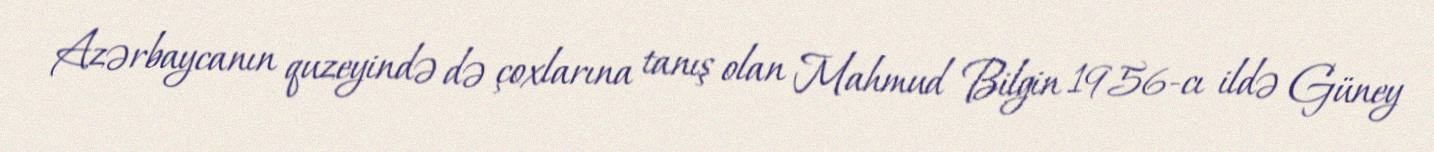
Azərbaycanın quzeyində də çoxlarına tanış olan Mahmud Bilgin 1956-cı ildə Güney